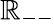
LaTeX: \mathbb{R}_{--}